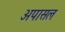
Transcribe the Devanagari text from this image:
अपासल